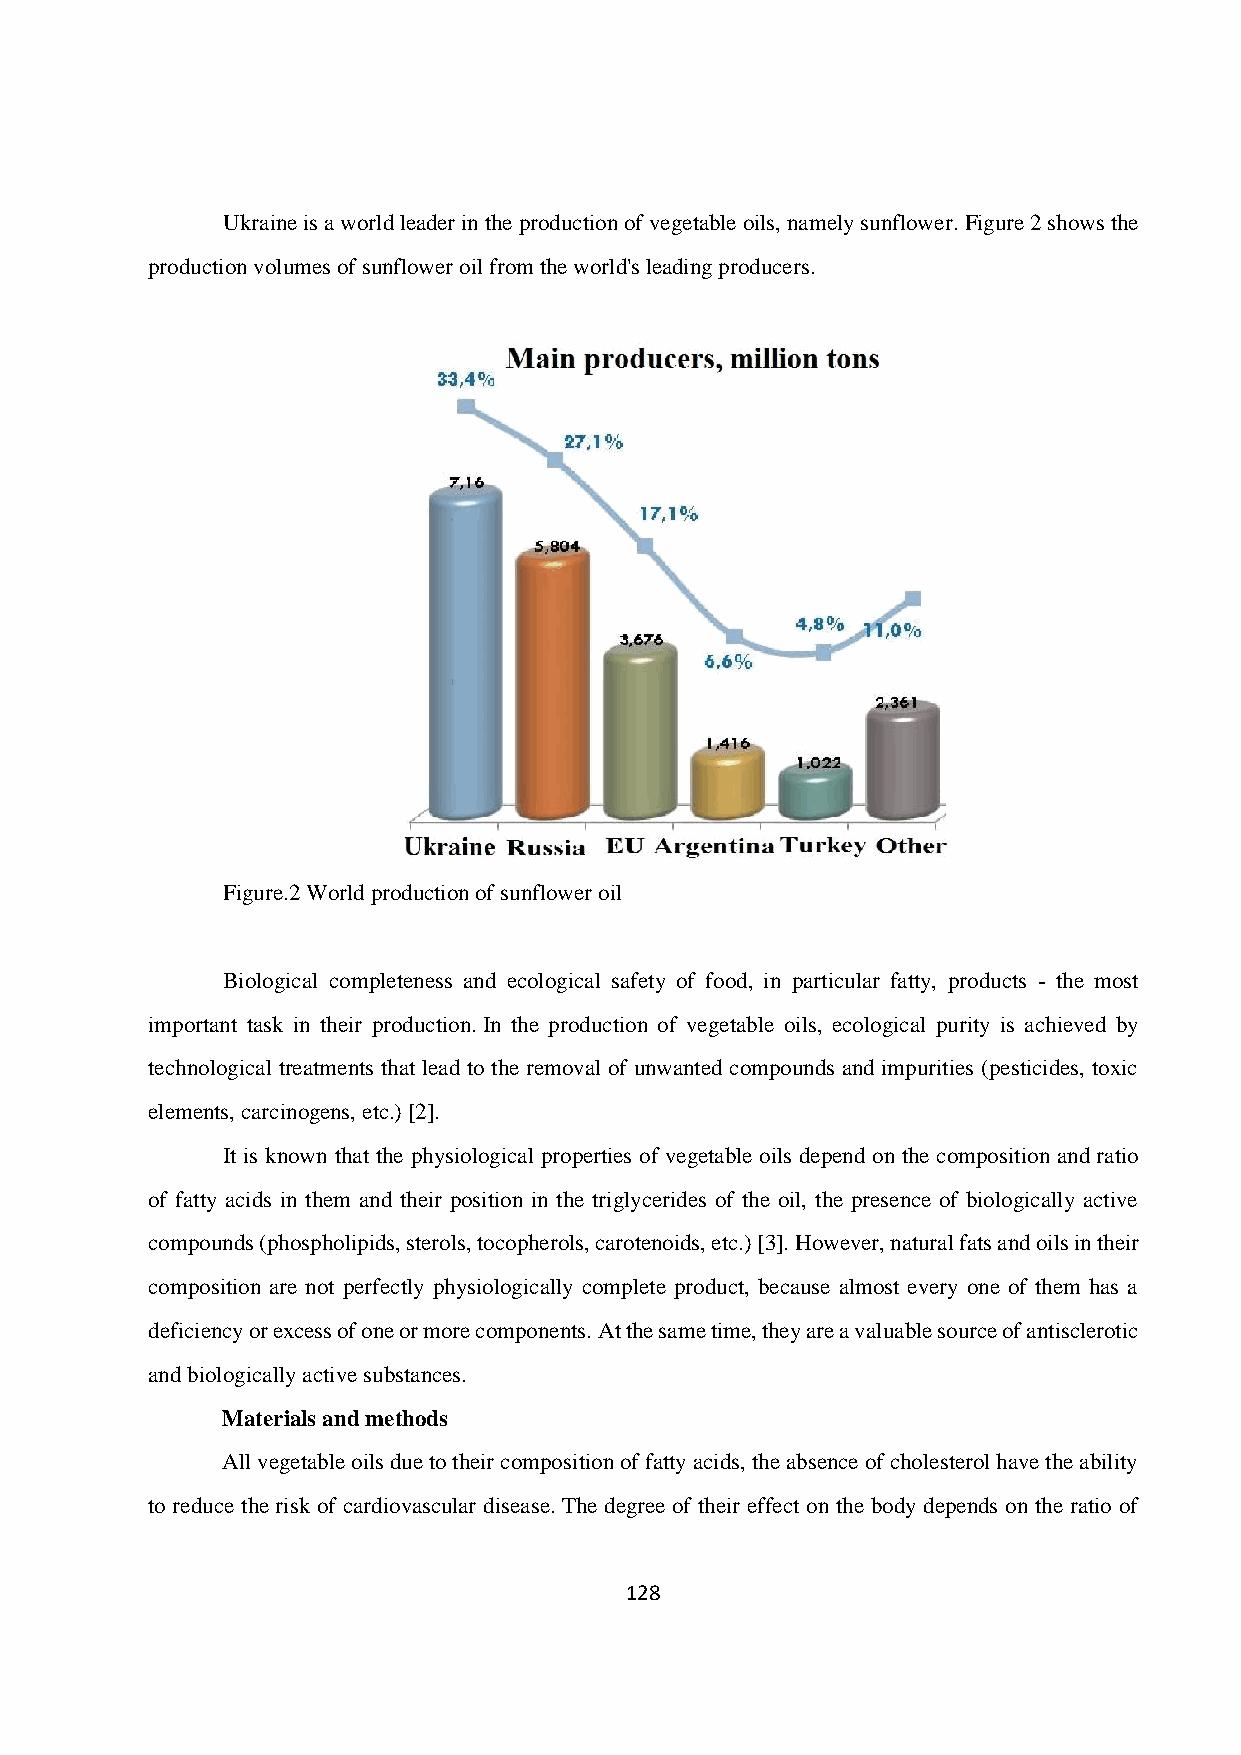
Ukraine is a world leader in the production of vegetable oils, namely sunflower. Figure 2 shows the
 production volumes of sunflower oil from the world's leading producers.
 Figure.2 World production of sunflower oil
 Biological completeness and ecological safety of food, in particular fatty, products - the most
 important task in their production. In the production of vegetable oils, ecological purity is achieved by
 technological treatments that lead to the removal of unwanted compounds and impurities (pesticides, toxic
 elements, carcinogens, etc.) [2].
 It is known that the physiological properties of vegetable oils depend on the composition and ratio
 of fatty acids in them and their position in the triglycerides of the oil, the presence of biologically active
 compounds (phospholipids, sterols, tocopherols, carotenoids, etc.) [3]. However, natural fats and oils in their
 composition are not perfectly physiologically complete product, because almost every one of them has a
 deficiency or excess of one or more components. At the same time, they are a valuable source of antisclerotic
 and biologically active substances.
 Materials and methods
 All vegetable oils due to their composition of fatty acids, the absence of cholesterol have the ability
 to reduce the risk of cardiovascular disease. The degree of their effect on the body depends on the ratio of
 128